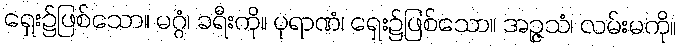
ရှေး၌ဖြစ်သော။ မဂ္ဂံ၊ ခရီးကို။ ပုရာဏံ၊ ရှေး၌ဖြစ်သော။ အဉ္ဇသံ၊ လမ်းမကို။